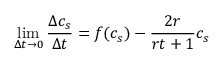
\operatorname* { l i m } _ { \Delta t \rightarrow 0 } \frac { \Delta c _ { s } } { \Delta t } = f ( c _ { s } ) - \frac { 2 r } { r t + 1 } c _ { s }